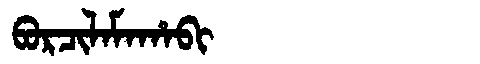
Manchu: ᠪᠣᡵᠴᡳᠯᠠᠮᠠᡥᠠᠪᡳ
Romanization: BORCILAMAHABI